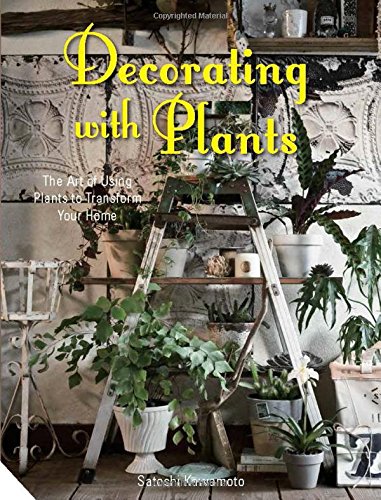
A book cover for Decorating with Plants: The Art of Using Plants to Transform Your Home; Satoshi Kawamoto; Crafts, Hobbies & Home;